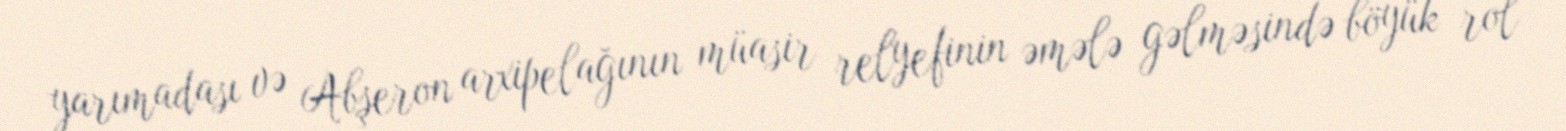
yarımadası və Abşeron arxipelağının müasir relyefinin əmələ gəlməsində böyük rol